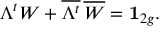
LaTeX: \Lambda ^ { t } W + { \overline { { { \Lambda ^ { t } } } } } \, { \overline { { { W } } } } = { \bf { 1 } } _ { 2 g } .